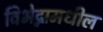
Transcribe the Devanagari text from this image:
विभेद्नामधील